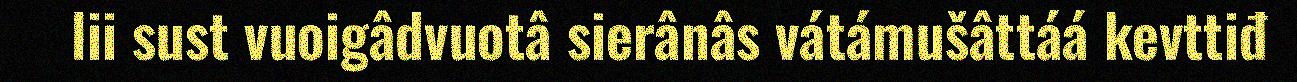
lii sust vuoigâdvuotâ sierânâs vátámušâttáá kevttiđ